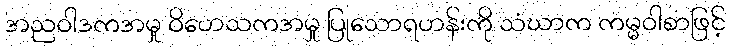
အညဝါဒကအမှု ဝိဟေသကအမှု ပြုသောရဟန်းကို သံဃာက ကမ္မဝါစာဖြင့်